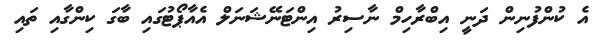
އެ ކުންފުނިން ދަނީ އިބްރާހިމް ނާސިރު އިންޓަނޭޝަނަލް އެއާޕޯޓުގައި ބާގަ ކިންގާއި ތައި